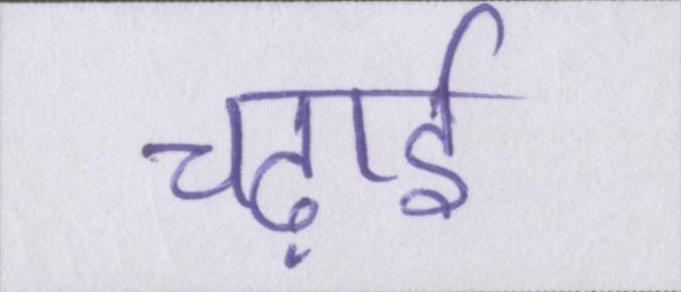
चढ़ाई